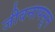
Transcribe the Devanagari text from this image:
जीवनापसून